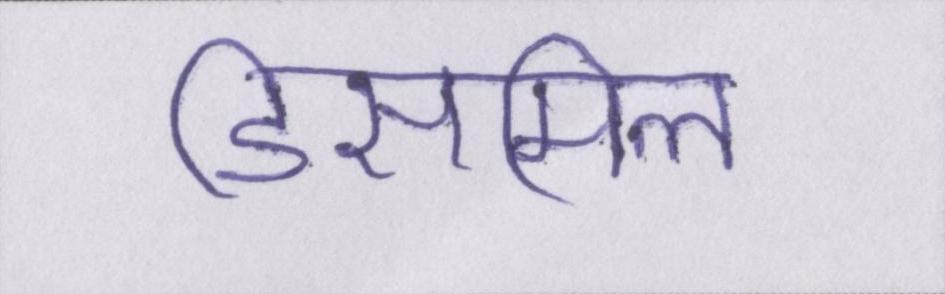
डिसमिल